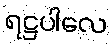
ရဋ္ဌပါလေ